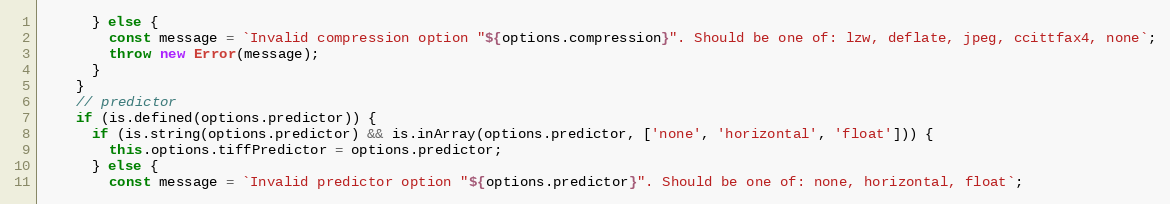
Language: JavaScript
      } else {
        const message = `Invalid compression option "${options.compression}". Should be one of: lzw, deflate, jpeg, ccittfax4, none`;
        throw new Error(message);
      }
    }
    // predictor
    if (is.defined(options.predictor)) {
      if (is.string(options.predictor) && is.inArray(options.predictor, ['none', 'horizontal', 'float'])) {
        this.options.tiffPredictor = options.predictor;
      } else {
        const message = `Invalid predictor option "${options.predictor}". Should be one of: none, horizontal, float`;